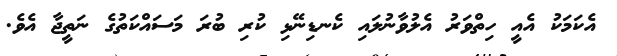
އެކަމަކު އެއީ ހިތްވަރު އެލުވާނުލައި ކެނޑިނޭޅި ކުރި ބުރަ މަސައްކަތުގެ ނަތީޖާ އެވެ.